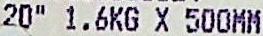
20" 1.6KG X 500MM